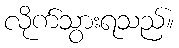
လိုက်သွားရသည်။